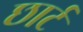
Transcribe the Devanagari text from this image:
छार्ट